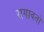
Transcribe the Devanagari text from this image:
रागावतो